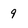
Character: 9